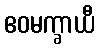
ဧဝမက္ခာယီ